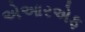
એઆરએફ